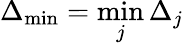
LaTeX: \Delta_{\operatorname*{min}}=\operatorname*{min}_{j}\Delta_{j}